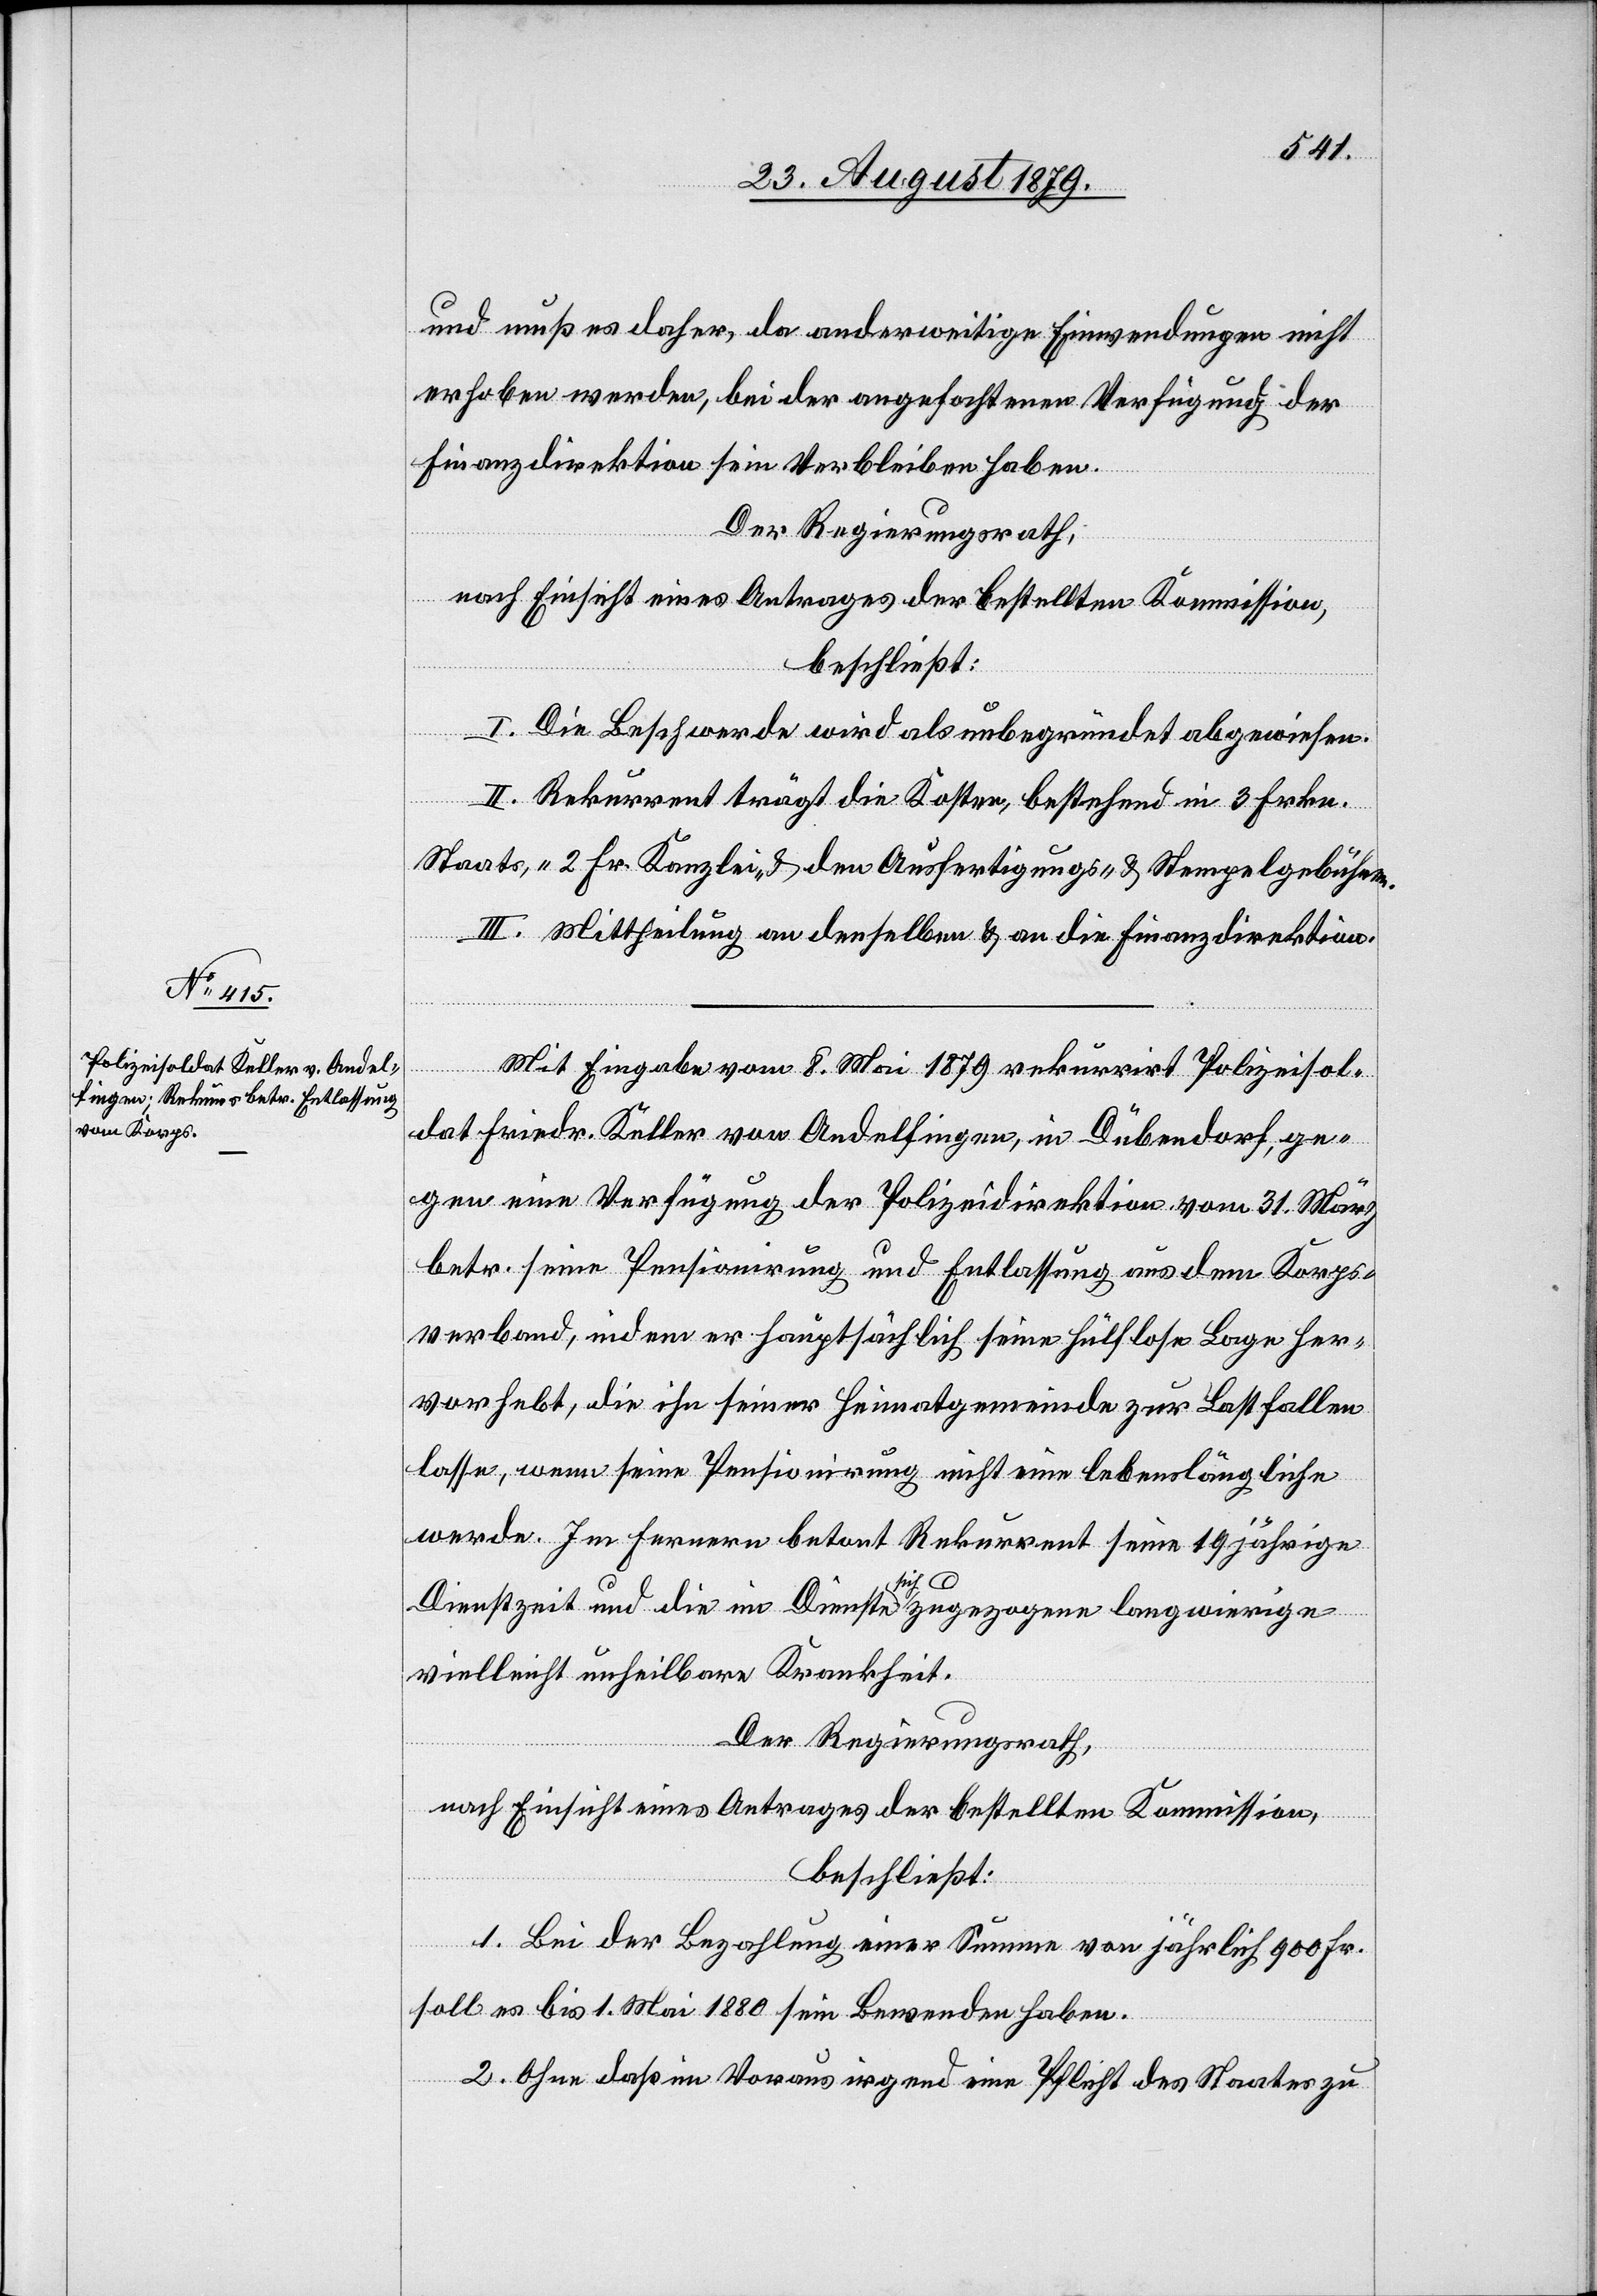
und muß es daher, da anderweitige Einwendungen nicht
erhoben werden, bei der angefochtenen Verfügung der
Finanzdirektion sein Verbleiben haben.
Der Regierungsrath,
nach Einsicht eines Antrages der bestellten Kommission,
beschließt:
I. Die Beschwerde wird als unbegründet abgewiesen.
II. Rekurrent trägt die Kosten, bestehend in 3 Frkn.
Staats-, 2 Fr. Kanzlei- & den Ausfertigungs- und Stempelgebühren.
III. Mittheilung an denselben & an die Finanzdirektion.
Mit Eingabe vom 8. Mai 1879 rekurrirt Polizeisol¬
dat Friedr. Keller von Andelfingen, in Dübendorf, ge¬
gen eine Verfügung der Polizeidirektion vom 31. März
betr. seine Pensionirung und Entlassung aus dem Korps¬
verband, indem er hauptsächlich seine hülflose Lage her¬
vorhebt, die ihn seiner Heimatgemeinde zur Last fallen
lassen, wenn seine Pensionirung nicht eine lebenslängliche
werde. Im fernern betont Rekurrent seine 19jährige
Dienstzeit und die im Dienste sich zugezogene langwierige
vielleicht unheilbare Krankheit.
Der Regierungsrath,
nach Einsicht eines Antrages der bestellten Kommission,
beschließt:
1. Bei der Bezahlung einer Summe von jährlich 900 Fr.
soll es bis 1. Mai 1880 sein Bewenden haben.
2. Ohne daß im Voraus irgend eine Pflicht des Staates zu